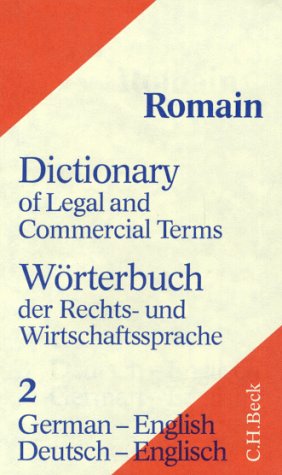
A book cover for Dictionary of Legal and Commercial Term: German-English/Worterbuch Der Rechts-Und Wirtschaftssprache, Part Teil II : Deutsch-Englisch; Alfred Romain; Law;